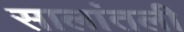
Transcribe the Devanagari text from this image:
सालांतली